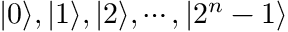
| 0 \rangle , | 1 \rangle , | 2 \rangle , \cdots , | 2 ^ { n } - 1 \rangle